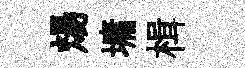
煬墉楫